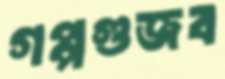
গপ্পগুজব